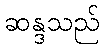
ဆန္ဒသည်